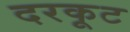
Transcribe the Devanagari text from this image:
दरकूट